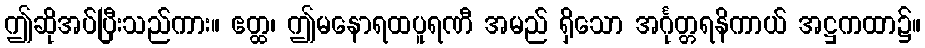
ဤဆိုအပ်ပြီးသည်ကား။ ဧတ္ထ၊ ဤမနောရထပူရဏီ အမည် ရှိသော အင်္ဂုတ္တရနိကာယ် အဋ္ဌကထာ၌။